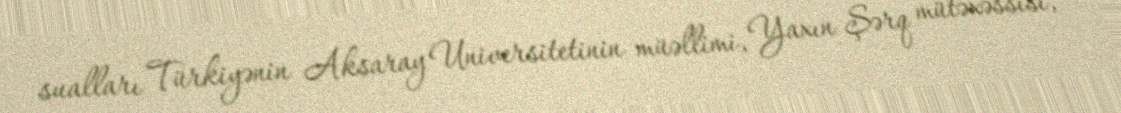
sualları Türkiyənin Aksaray Universitetinin müəllimi, Yaxın Şərq mütəxəssisi,